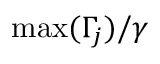
\mathrm { m a x } ( \Gamma _ { j } ) / \gamma